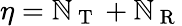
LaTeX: \eta=\mathbb{N}_{\mathrm{{~T~}}}+\mathbb{N}_{\mathrm{{~R~}}}